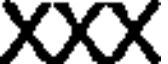
XXX